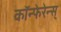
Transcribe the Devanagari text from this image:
कॉन्फेरेन्स्